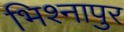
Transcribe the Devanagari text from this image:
भिश्नापुर